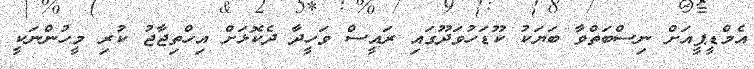
އެމްޑީޕީއަށް ނިސްބަތްވާ ބަޔަކު ކޫޑަހުވަދޫގައި ރައީސް ވަހީދާ ދެކޮޅަށް އިހްތިޖާޖު ކުރި މީހުންނަކީ